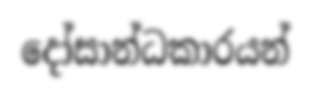
දෝසාන්ධකාරයන්